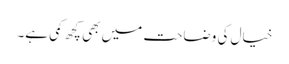
خیال کی وضاحت میں بھی کچھ کمی ہے۔